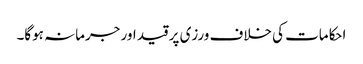
احکامات کی خلاف ورزی پر قید اور جرمانہ ہوگا۔